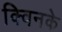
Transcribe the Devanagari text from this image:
क्विनके